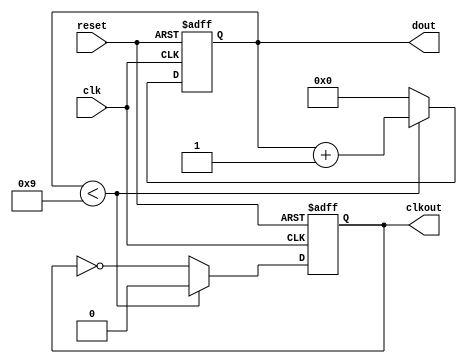
module BCD_Counter ( clk ,reset,dout, clkout );

output [3:0] dout ;
reg [3:0] dout ;

output clkout;
reg clkout;

input clk ;
wire clk ;

input reset ;
wire reset ;

initial dout = 0 ;

always @ (posedge (clk) or posedge reset) begin
	if(reset) begin
		dout <= 0;
		clkout <= 0;
	
	end else if(dout < 9) begin
		dout <= dout + 1;
		clkout <= 0;
	end else begin
		dout <= 0;
		clkout <= ~clkout;
	end
end
endmodule